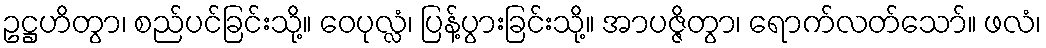
ဥဋ္ဌဟိတွာ၊ စည်ပင်ခြင်းသို့။ ဝေပုလ္လံ၊ ပြန့်ပွားခြင်းသို့။ အာပဇ္ဇိတွာ၊ ရောက်လတ်သော်။ ဖလံ၊